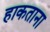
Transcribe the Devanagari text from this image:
हाकताना